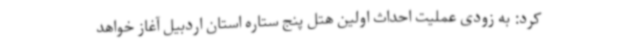
کرد: به زودی عملیت احداث اولین هتل پنج ستاره استان اردبیل آغاز خواهد